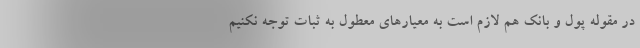
در مقوله پول و بانک هم لازم است به معیارهای معطول به ثبات توجه نکنیم